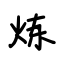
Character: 炼